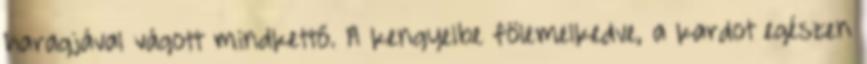
haragjával vágott mindkettő. A kengyelbe fölemelkedve, a kardot egészen